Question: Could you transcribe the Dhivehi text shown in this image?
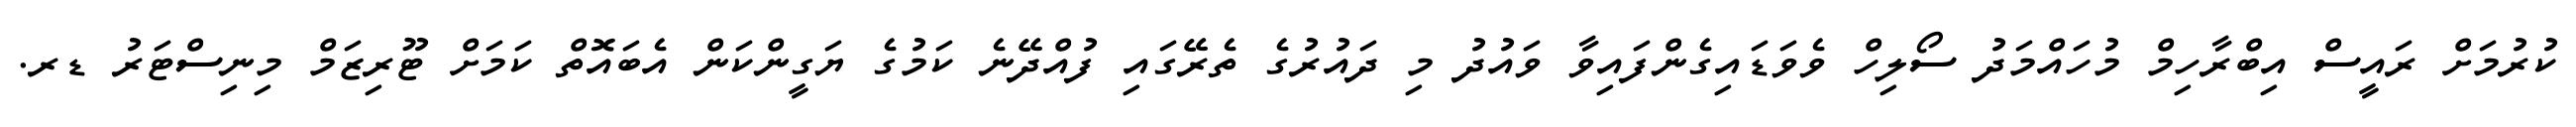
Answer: ކުރުމަށް ރައީސް އިބްރާހިމް މުހައްމަދު ސޯލިހް ވެވަޑައިގެންފައިވާ ވައުދު މި ދައުރުގެ ތެރޭގައި ފުއްދޭނެ ކަމުގެ ޔަގީންކަން އެބައޮތް ކަމަށް ޓޫރިޒަމް މިނިސްޓަރު ޑރ.